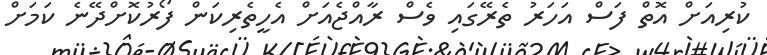
ކުރިއަށް އޮތް ފަސް އަހަރު ތެރޭގައި ވެސް ރާއްޖެއަށް އެހީތެރިކަން ފޯރުކޮށްދޭނެ ކަމަށް